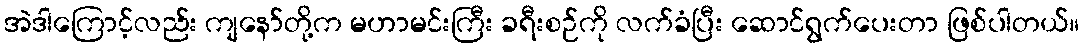
အဲဒါကြောင့်လည်း ကျနော်တို့က မဟာမင်းကြီး ခရီးစဉ်ကို လက်ခံပြီး ဆောင်ရွက်ပေးတာ ဖြစ်ပါတယ်။